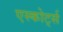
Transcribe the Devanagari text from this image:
एस्कोर्ट्स